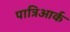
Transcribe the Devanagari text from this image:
पात्रिआर्क